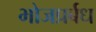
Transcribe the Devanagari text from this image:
भोजप्रर्बध